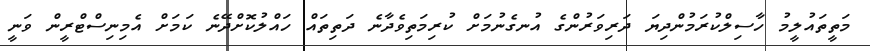
މަތީތައުލީމު ހާސިލްކުރަމުންދިޔަ ދަރިވަރުންގެ އުނގެނުމަށް ކުރިމަތިވެދާނެ ދަތިތައް ހައްލުކޮށްދޭނެ ކަމަށް އެމިނިސްްޓްރީން ވަނީ